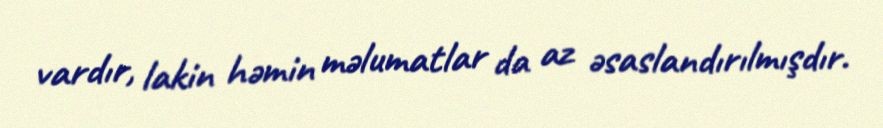
vardır, lakin həmin məlumatlar da az əsaslandırılmışdır.